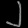
Digit: ၂